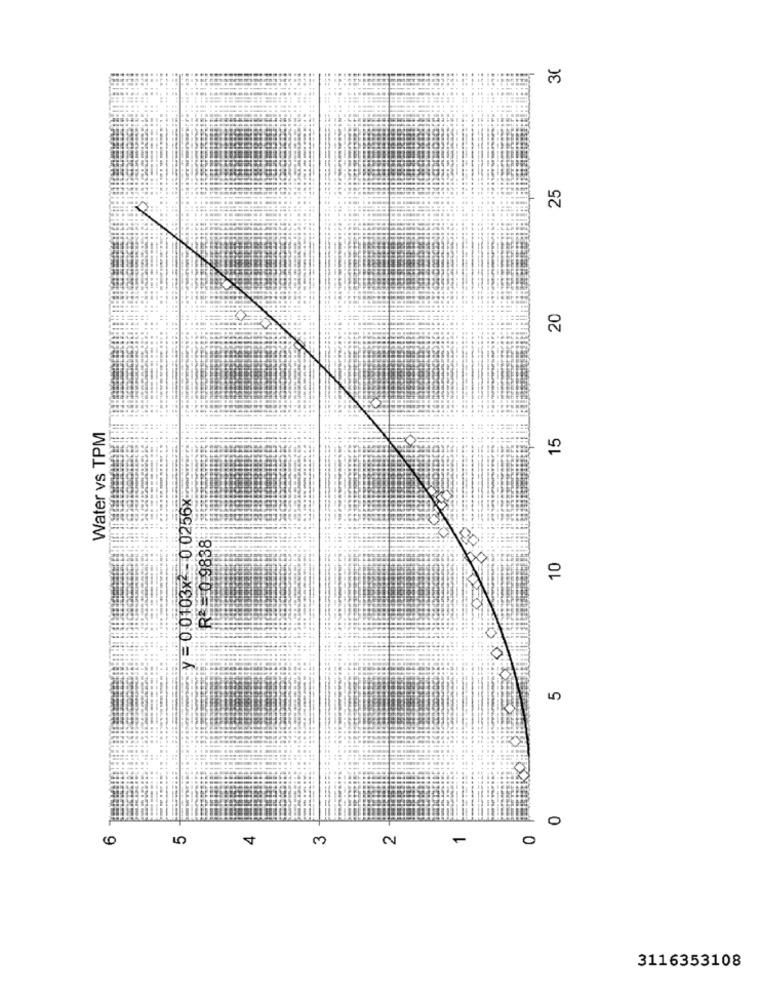
30
25
20
Water vs TPM
15
y = 0.0103x2- 0.0256x
R&# 0.9838
10
5
0
5
4
3
2
-
0
3116353108